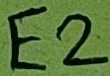
Text: E2